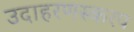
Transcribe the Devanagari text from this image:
उदाहरणस्करप